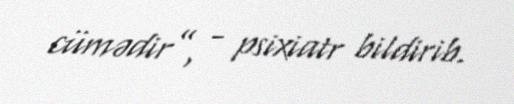
cümədir”, - psixiatr bildirib.